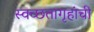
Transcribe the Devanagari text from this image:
स्वच्छतागृहांची